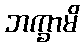
ဘက္ခာမိ